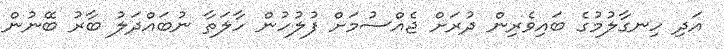
އަދި ހިނގާލުމުގެ ބައިވެރިން ދުރަށް ޖެއްސުމަށް ފުލުހުން ހާލަތާ ނުބައްދަލު ބާރު ބޭނުން